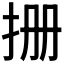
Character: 𪭪